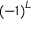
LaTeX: \left( - 1 \right) ^ { L }